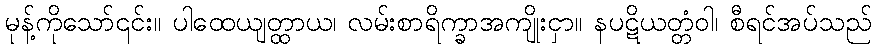
မုန့်ကိုသော်၎င်း။ ပါထေယျတ္ထာယ၊ လမ်းစာရိက္ခာအကျိုးငှာ။ နပဋိယတ္တံဝါ၊ စီရင်အပ်သည်